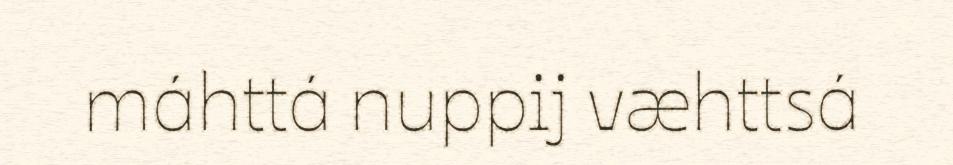
máhttá nuppij væhttsá